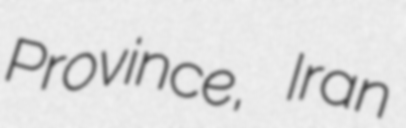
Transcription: Province, Iran